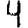
Digit: 4